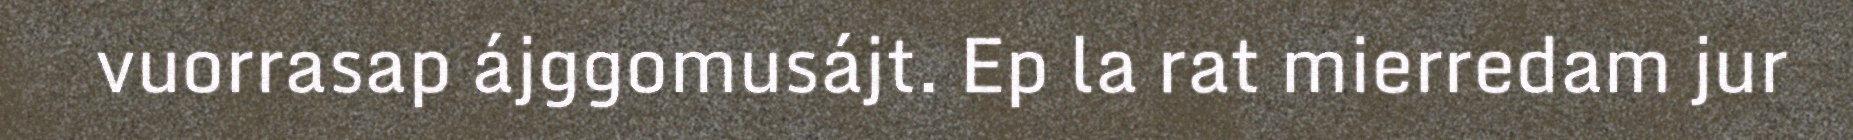
vuorrasap ájggomusájt. Ep la rat mierredam jur